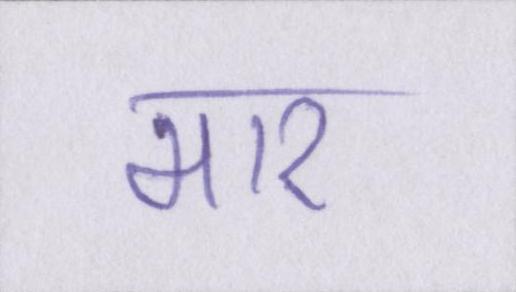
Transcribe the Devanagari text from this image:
मार